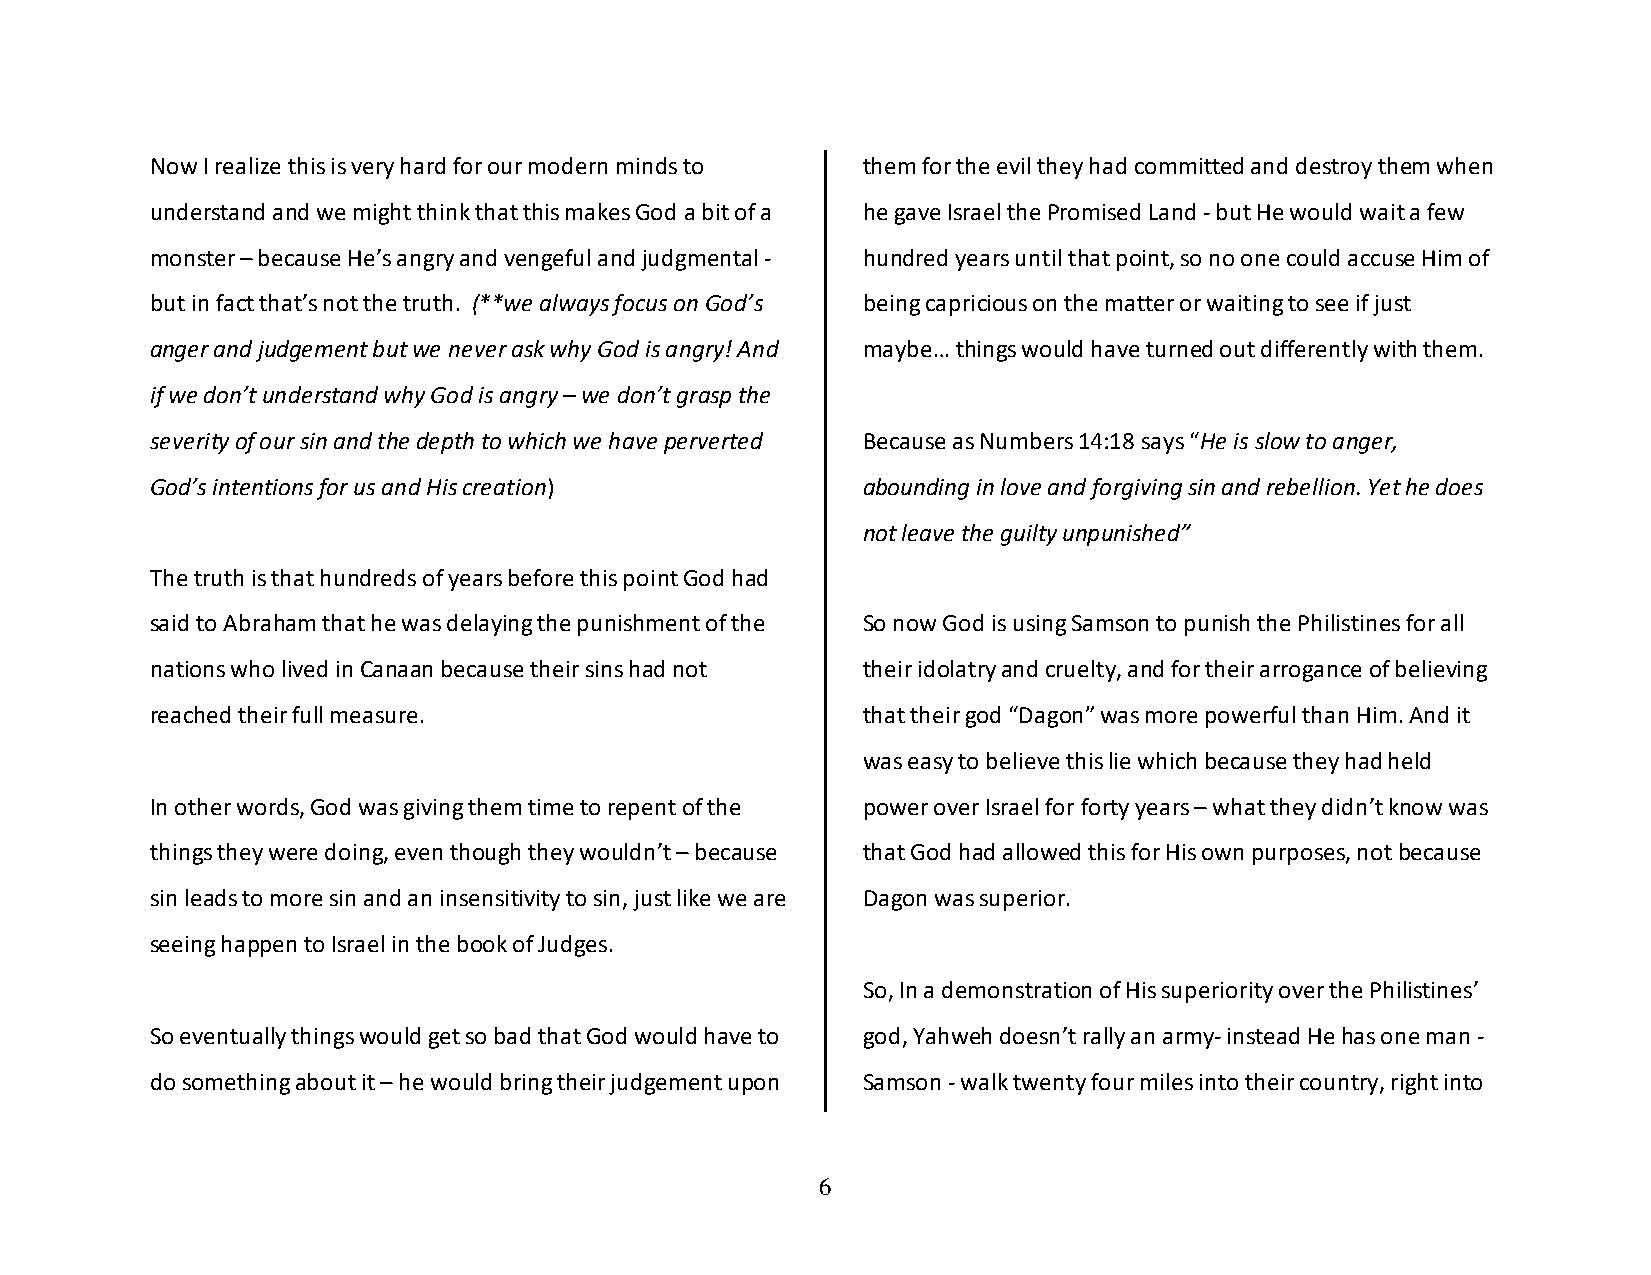
Now I realize this is very hard for our modern minds to them for the evil they had committed and destroy them when
 understand and we might think that this makes God a bit of a he gave Israel the Promised Land - but He would wait a few
 monster – because He’s angry and vengeful and judgmental - hundred years until that point, so no one could accuse Him of
 but in fact that’s not the truth. (**we always focus on God’s being capricious on the matter or waiting to see if just
 anger and judgement but we never ask why God is angry! And maybe… things would have turned out differently with them.
 if we don’t understand why God is angry – we don’t grasp the
 severity of our sin and the depth to which we have perverted Because as Numbers 14:18 says “He is slow to anger,
 God’s intentions for us and His creation)      abounding in love and forgiving sin and rebellion. Yet he does
 not leave the guilty unpunished”
 The truth is that hundreds of years before this point God had
 said to Abraham that he was delaying the punishment of the So now God is using Samson to punish the Philistines for all
 nations who lived in Canaan because their sins had not their idolatry and cruelty, and for their arrogance of believing
 reached their full measure.                    that their god “Dagon” was more powerful than Him. And it
 was easy to believe this lie which because they had held
 In other words, God was giving them time to repent of the power over Israel for forty years – what they didn’t know was
 things they were doing, even though they wouldn’t – because that God had allowed this for His own purposes, not because
 sin leads to more sin and an insensitivity to sin, just like we are Dagon was superior.
 seeing happen to Israel in the book of Judges.
 So, In a demonstration of His superiority over the Philistines’
 So eventually things would get so bad that God would have to god, Yahweh doesn’t rally an army- instead He has one man -
 do something about it – he would bring their judgement upon Samson - walk twenty four miles into their country, right into
 6